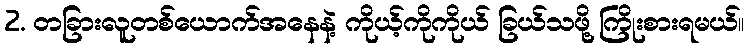
2. တခြားလူတစ်ယောက်အနေနဲ့ ကိုယ့်ကိုကိုယ် ခြယ်သဖို့ ကြိုးစားရမယ်။